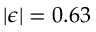
| \epsilon | = 0 . 6 3